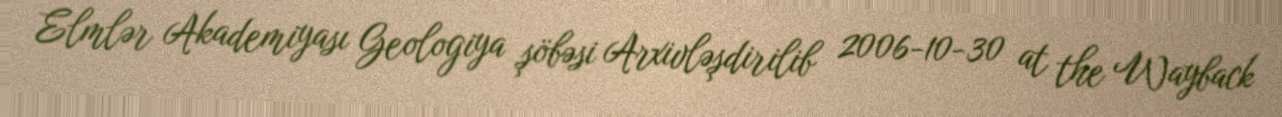
Elmlər Akademiyası Geologiya şöbəsi Arxivləşdirilib 2006-10-30 at the Wayback